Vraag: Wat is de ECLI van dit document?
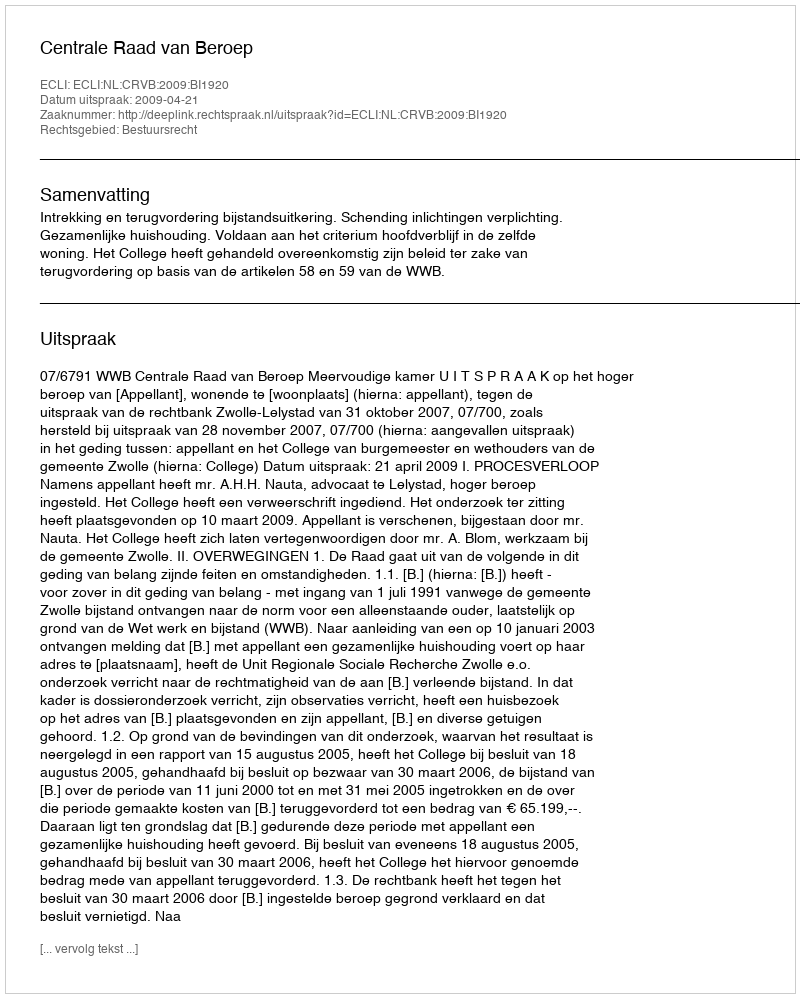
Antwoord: ECLI:NL:CRVB:2009:BI1920